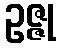
ဥဇ္ဇု